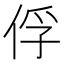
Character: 俘